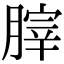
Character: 𦞤